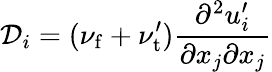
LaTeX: \mathcal{D}_{i}=(\nu_{\mathrm{f}}+\nu_{\mathrm{t}}^{\prime})\frac{\partial^{2}u_{i}^{\prime}}{\partial x_{j}\partial x_{j}}